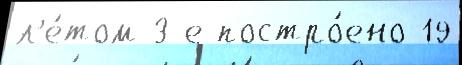
л'е́том 3-е постро́ено 19